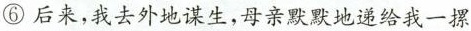
⑥后来，我去外地谋生，母亲默默地递给我一摞